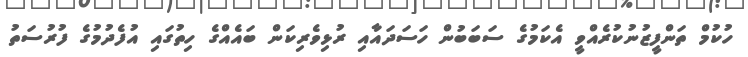
ހުކުމް ތަންފީޒުނުކުރެއްވީ އެކަމުގެ ސަބަބުން ހަސަދައާއި ރުޅިވެރިކަން ބައެއްގެ ހިތުގައި އުފެދުމުގެ ފުރުސަތު